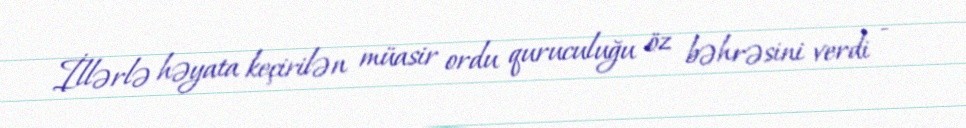
İllərlə həyata keçirilən müasir ordu quruculuğu öz bəhrəsini verdi -